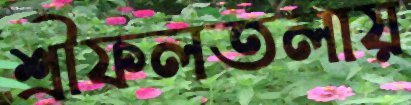
শ্রীফলতলায়